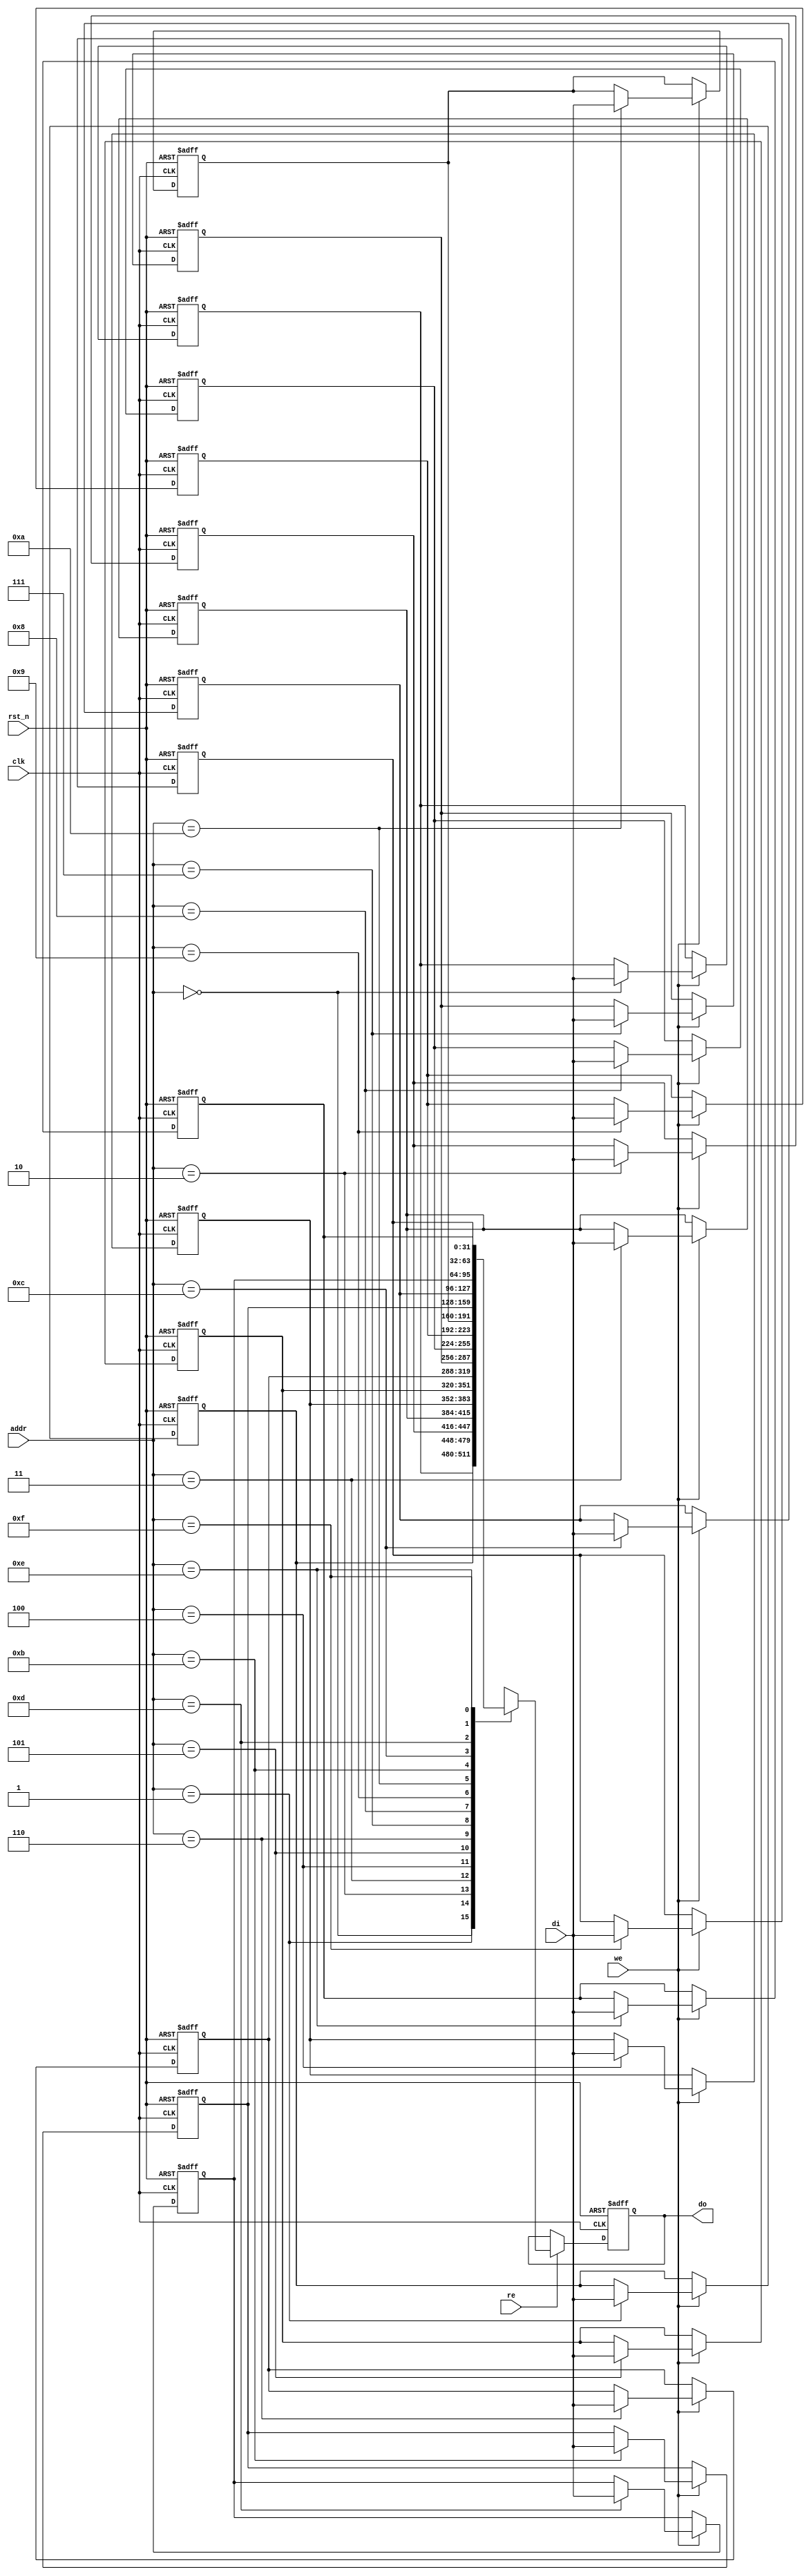
module RegisterFileSRAM #(
    parameter ADDR_WIDTH = 4, // Number of address lines (2^ADDR_WIDTH registers)
    parameter DATA_WIDTH = 32  // Width of each register in bits
)(
    input wire clk,                // Clock signal
    input wire rst_n,              // Active low reset
    input wire we,                 // Write Enable
    input wire re,                 // Read Enable
    input wire [ADDR_WIDTH-1:0] addr, // Address for read/write
    input wire [DATA_WIDTH-1:0] di,    // Data input for write
    output reg [DATA_WIDTH-1:0] do     // Data output for read
);

    // Memory array: 2^ADDR_WIDTH registers, each DATA_WIDTH bits wide
    reg [DATA_WIDTH-1:0] reg_file [(2**ADDR_WIDTH)-1:0];

    // Initialization process
    integer i;
    always @(posedge clk or negedge rst_n) begin
        if (!rst_n) begin
            // Initialize registers to zero on reset
            for (i = 0; i < (2**ADDR_WIDTH); i = i + 1) begin
                reg_file[i] <= {DATA_WIDTH{1'b0}};
            end
            do <= {DATA_WIDTH{1'b0}}; // Clear output on reset
        end else begin
            // Read operation
            if (re) begin
                do <= reg_file[addr]; // Output the data from the selected register
            end
            // Write operation
            if (we) begin
                reg_file[addr] <= di; // Write data to the selected register
            end
        end
    end

endmodule